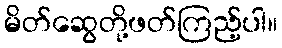
မိတ်ဆွေတို့ဖတ်ကြည့်ပါ။